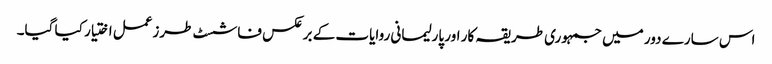
اس سارے دور میں جمہوری طریقہ کار اور پارلیمانی روایات کے برعکس فاشسٹ طرزعمل اختیار کیا گیا۔